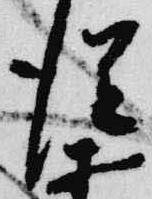
従